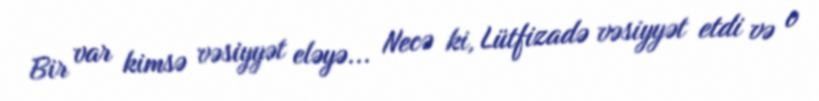
Bir var kimsə vəsiyyət eləyə... Necə ki, Lütfizadə vəsiyyət etdi və o